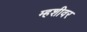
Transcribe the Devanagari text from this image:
म्हशीवर